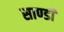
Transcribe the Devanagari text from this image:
साण्‍डी